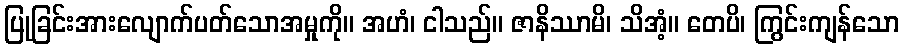
ပြုခြင်းအားလျောက်ပတ်သောအမှုကို။ အဟံ၊ ငါသည်။ ဇာနိဿာမိ၊ သိအံ့။ တေပိ၊ ကြွင်းကျန်သော